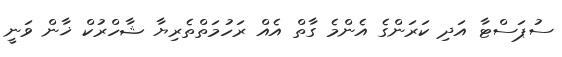
ސުޕަސްޓާ އަދި ކަރަންގެ އެންމެ ގާތް އެއް ރަހުމަތްތެރިޔާ ޝާހްރުކް ޚާން ވަނީ